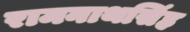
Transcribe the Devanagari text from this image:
रामनाथसिंह